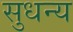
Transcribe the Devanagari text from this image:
सुधन्य